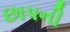
છાપની